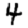
Digit: 4